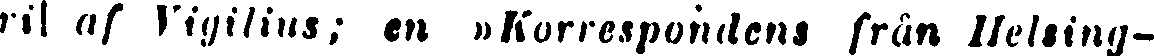
ril af Vigilius; en »Korrespondens från Helsing-